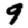
Digit: 9